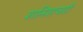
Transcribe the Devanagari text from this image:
शनिशचरी